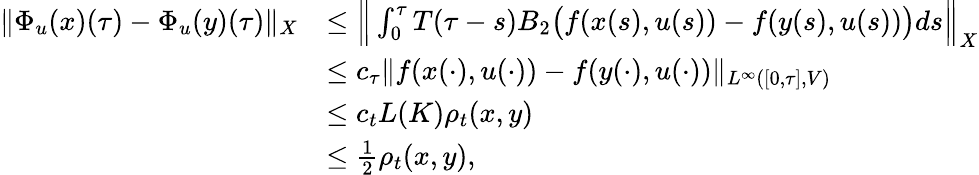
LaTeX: \begin{array}{rl}{\| \Phi_{u}(x)(\tau)-\Phi_{u}(y)(\tau)\| _{X}}&{\leq\Big\| \int_{0}^{\tau}T(\tau-s)B_{2}\big(f(x(s),u(s))-f(y(s),u(s))\big)ds\Big\| _{X}}\\ &{\leq c_{\tau}\| f(x(\cdot),u(\cdot))-f(y(\cdot),u(\cdot))\| _{L^{\infty}([0,\tau],V)}}\\ &{\leq c_{t}L(K)\rho_{t}(x,y)}\\ &{\leq\frac{1}{2}\rho_{t}(x,y),}\end{array}